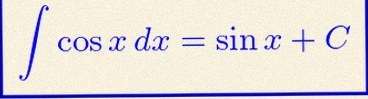
\int \cos x\,dx=\sin x+C